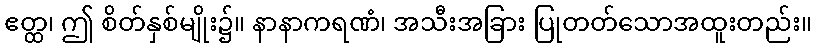
ဧတ္ထ၊ ဤ စိတ်နှစ်မျိုး၌။ နာနာကရဏံ၊ အသီးအခြား ပြုတတ်သောအထူးတည်း။